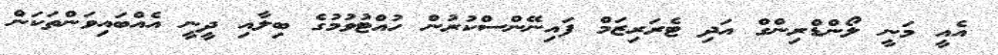
އެއީ މަނީ ލޯންޑްރިންގް އަދި ޓެރަރިޒަމް ފައިނޭންސްކުރުން ހުއްޓުވުމުގެ ބިލާއި ދީނީ އެއްބައިވަންތަކަން